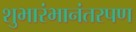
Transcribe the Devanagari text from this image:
शुभारंभानंतरपण